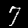
Digit: 7